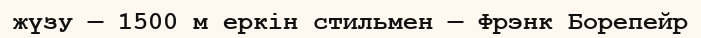
жүзу — 1500 м еркін стильмен — Фрэнк Борепейр